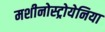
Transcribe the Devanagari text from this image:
मशीनोस्ट्रोयेनिया